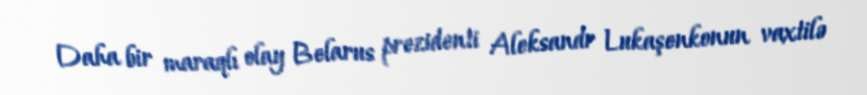
Daha bir maraqlı olay Belarus prezidenti Aleksandr Lukaşenkonun vaxtilə